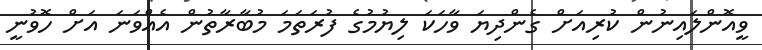
ވީއޮންލައިނުން ކުރިއަށް ގެންދިޔަ ވާހަކަ ލިޔުމުގެ ފުރަތަމަ މުބާރާތުން އެއްވަނަ އަށް ހޮވުނީ